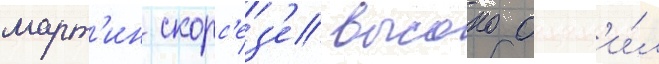
март'ин скорс'ез'е высоко оцен'и́л